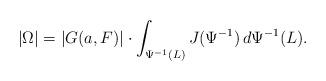
LaTeX: \begin{align*} |\Omega| = |G(a,F)| \cdot \int_{\Psi^{-1}(L)} J(\Psi^{-1})\, d\Psi^{-1}(L) .\end{align*}